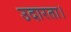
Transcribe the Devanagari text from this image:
उदारता।